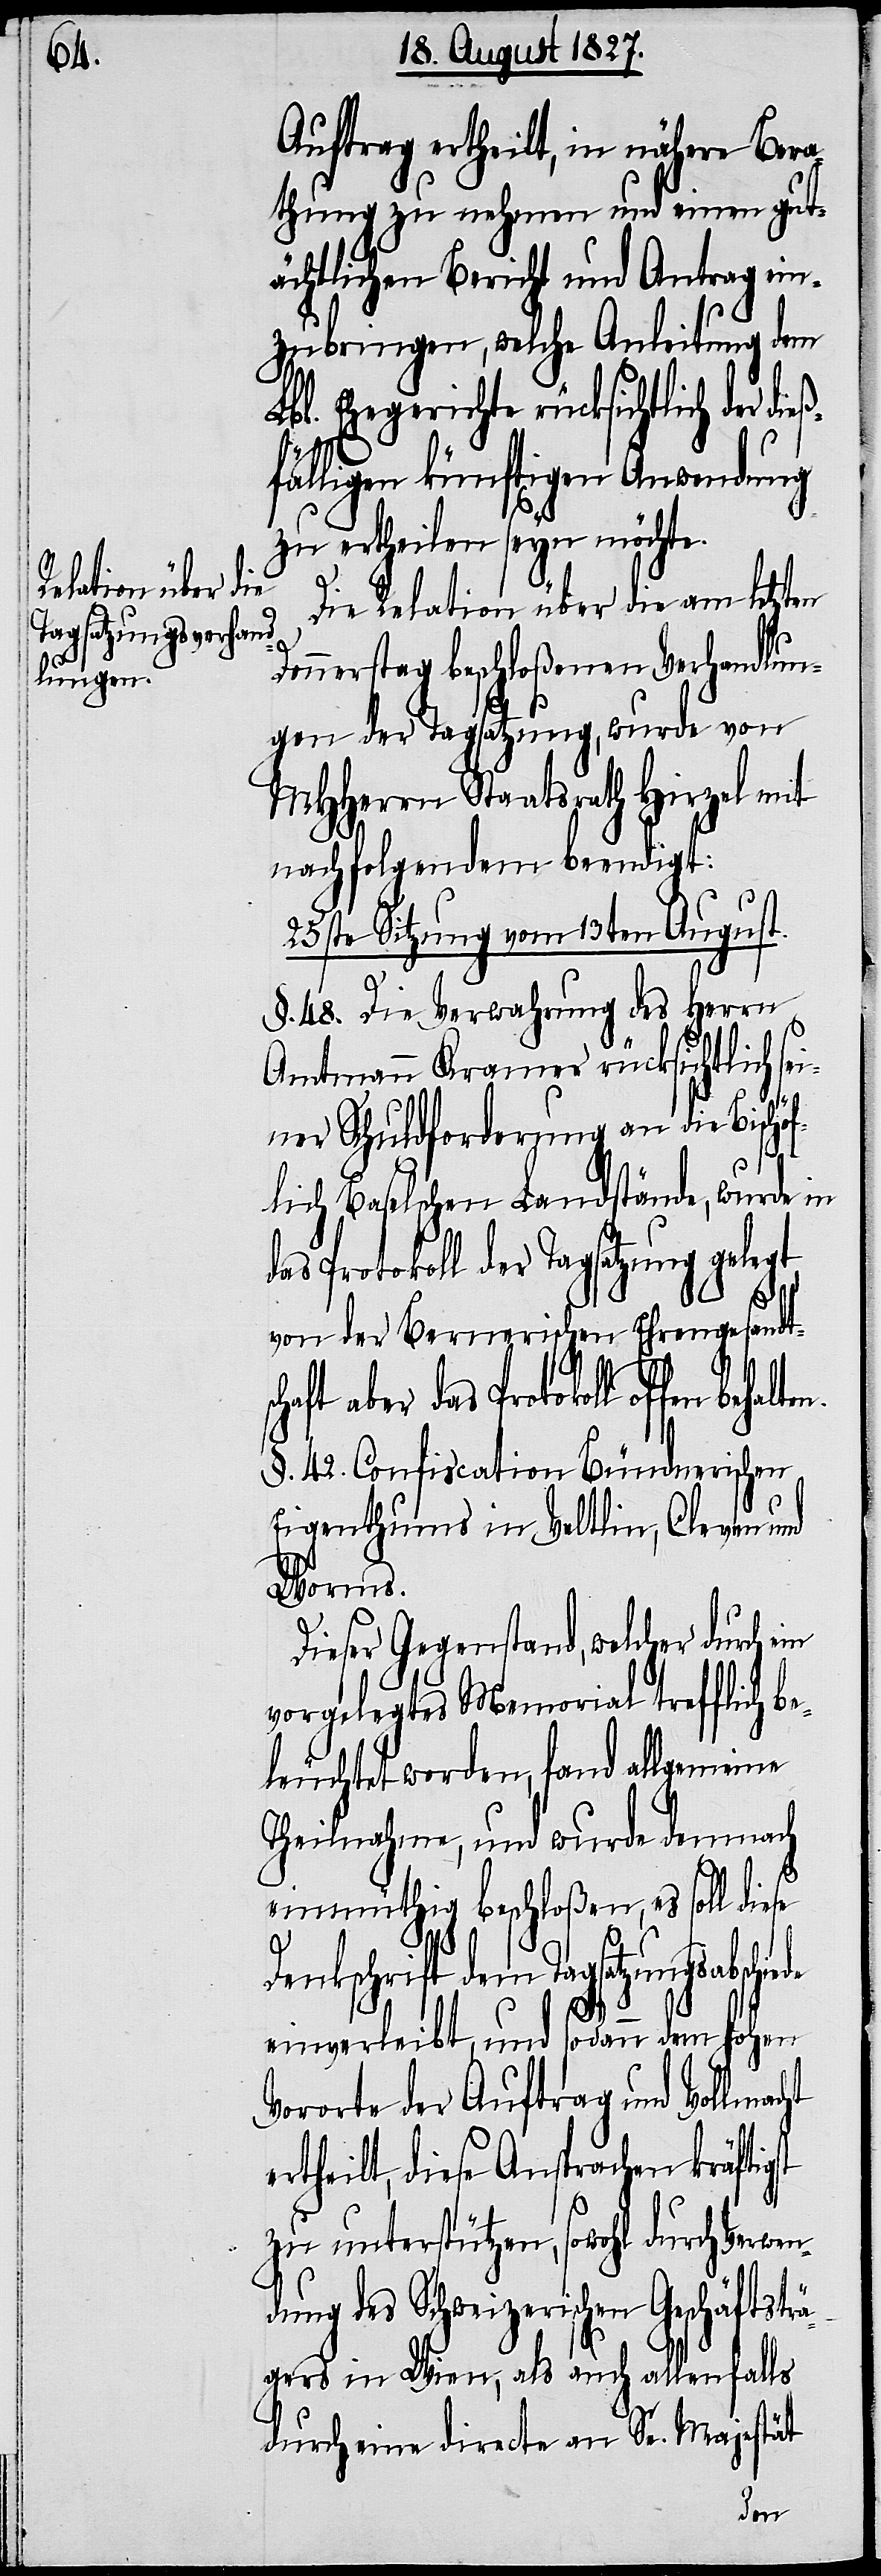
Aufrag ertheilt, in nähere Bera¬
thung zu nehmen und einen gut¬
ächtlichen Bericht und Antrag ein¬
zubringen, welche Anleitung dem
Lbl. Ehegerichte rücksichtlich der
fälligen künftigen Anwendung
zu ertheilen seyn möchte.
Die Relation über die am letzten
Donnerstag beschloßenen Verhandlun¬
gen der Tagsatzung, wurde von
MHHerrn Staatsrath Hirzel mit
nachfolgendem beendigt:
25ste Sitzung vom 13ten August.
§. 48. Die Verwahrung des Herrn
Amtmann Kramer rücksichtlich s¬
sch¬
iner Schuldforderung an die Bischöf¬
lich Baselschen Landstände, wurde in
Protokoll der Tagsatzung gelegt,
von der Bernerischen Ehrengesandt¬
aft aber das Protokoll offen
§. 42. Confiscation Bündnerischen
Eigenthums in Veltlin, Cleven und
Verwen¬
Dieser Gegenstand, welcher durch ein
vorgelegtes Memorial trefflich be¬
leuchtet worden, fand allgemeine
Theilnahme, und wurde demnach
einmüthig beschloßen, es soll diese
Denkschrift dem Tagsatzungsabschie¬
de
einverleibt, und sodann dem hohen
Vororte der Auftrag und Vollmacht
ertheilt, diese Ansprachen kräftigst
zu unterstützen, sowohl durch
dung des Schweizerischen Geschäftsträ¬
gers in Wien, als auch allenfalls
durch eine directe an Se. Majestät